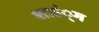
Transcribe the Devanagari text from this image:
शाऽं्ग